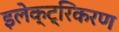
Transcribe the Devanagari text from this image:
इलेक्ट्रिकरण